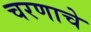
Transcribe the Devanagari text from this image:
चरणाचे